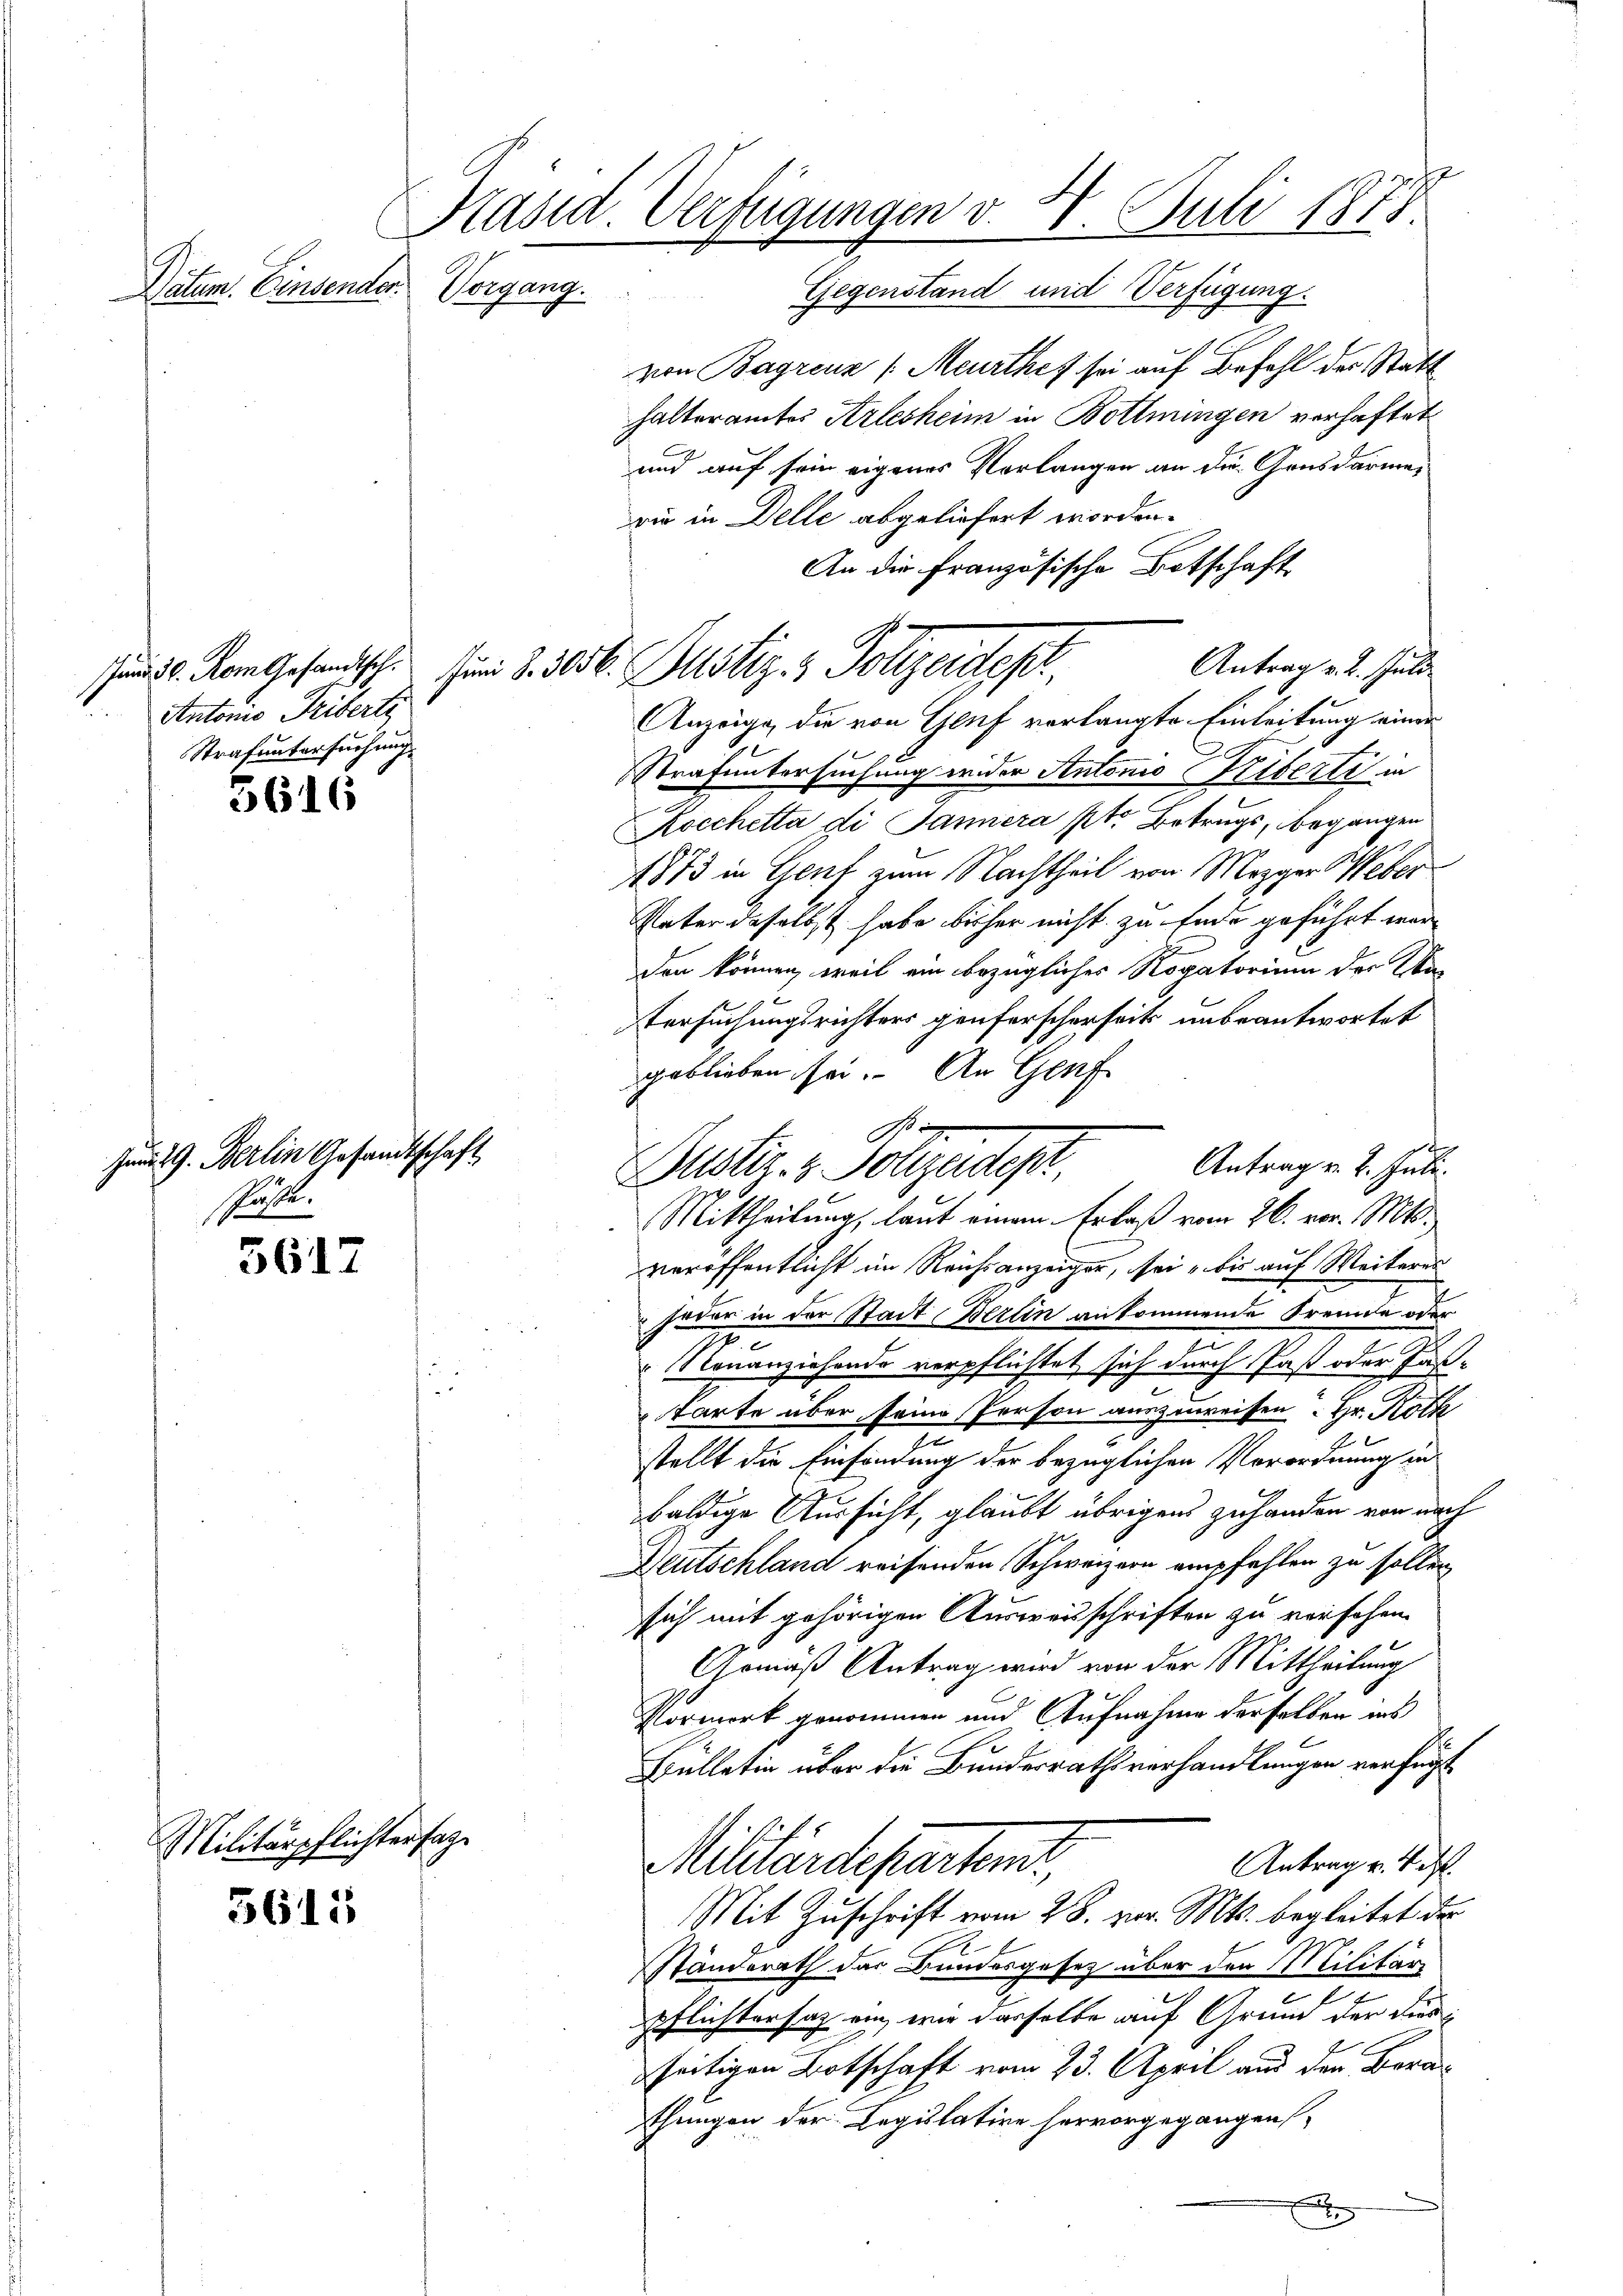
Datum. Einsender.

Jund 30. Rom Gesandtsch.
Antonio Freibert
Strafuntersuchung

3616

Jm 9. Berlin Gesandtschaft
spachte.

5617

Militärpflichtersage

56111

Päsid. Verfügungen v. 4. Juli 1871
Vorgang.
Gegenstand und Verfügung.

von Bagrenz (Meurthef sei auf Befehl der Statthalteramtes Arlesheim in Bottmingen verhaftet
und auf sein eigenes Vorlangen an der Gensdarmen
wie in Delle abgeliefert worden.
An die Französische Botschaft
Antrag v. 2. Juli
Anzeige, die von Genf verlangte Einleitung einer
Strafuntersuchung wider Antonio eiserli in
Kocchetta di Jännera ptr. Betrugs, begangen.
1873 in Genf zum Nachtheil von Mezger Weber
Vater daselbst habe bisher nicht zu Ende geführt war
den können, weil ein bezügliches Rogatorium der Ma¬
Versuchungsrichters genferscherseits unbeantwortet
geblieben sei. An Genf
Mittheilung, laut einem Erlaß vom 26. vor. Mts.,
veröffentlicht im Reichsanzeiger, sei bis auf Weiteres
 jeder in der Stadt Berlin ankommende Freunde oder
Nouanziehende verpflichtet sich durch Past oder Fas-
tarte über seine Person auszuweisen. Hr. Köth
stellt die Einfindung der bezüglichen Verordnung in
baldige Aussicht, glaubt übrigens zuhanden von nach
Deutschland reisenden Schweizern empfehlen zu sollen
sich mit gehörigen Ausweisschriften zu versehen.
Gemäß Antrag wird von der Mittheilung
Vormerk genommen und Aufnahme derselben ins
Bulletin über die Bundesrathsverhandlungen verfügt
Antrag u. v. M.
Militärdeparten,
Mit Zuschrift vom 28. vor. Mts. begleitet der
Ständerath das Bundesgesetz über den Militär
Pflichtersaz ein, wir derselbe auf Grund der diesseitigen Botschaft vom 23. April aus den Berathungen der Legislative hervorgegangen,
x

sen §. 1056. Justiz- & Polizeidet.

Antrag v. 2. Juli.
Justiz- & Vollzudeh